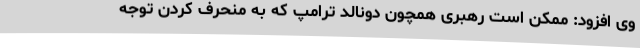
وی افزود: ممکن است رهبری همچون دونالد ترامپ که به منحرف کردن توجه